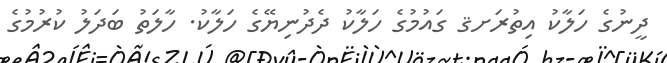
ދީނުގެ ހަލާކު އިތުރަށޤ ގައުމުގެ ހަލާކު ދެދުނިޔޭގެ ހަލާކު. ހާލަތު ބަދަލު ކުރުމުގެ